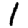
Digit: 1